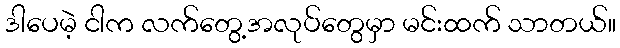
ဒါပေမဲ့ ငါက လက်တွေ့အလုပ်တွေမှာ မင်းထက် သာတယ်။